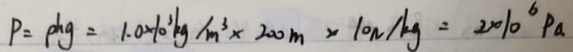
P = P h g = 1 . 0 \times 1 0 ^ { 3 } k g / m ^ { 3 } \times 2 0 0 m \times 1 0 N / k g = 2 0 1 0 ^ { 6 } P a